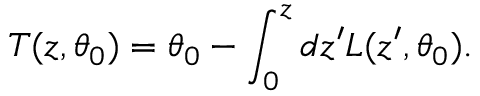
T ( z , \theta _ { 0 } ) = \theta _ { 0 } - \int _ { 0 } ^ { z } d z ^ { \prime } L ( z ^ { \prime } , \theta _ { 0 } ) .